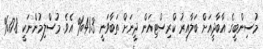
މުސިންބީގެ އާބާދީއަށް ބަލާއިރު ކްރިސްޓިއަން ދީނަށް ތަބާވަނީ 41.3% އެވެ. މުސްލިމުންނަކީ 17.8%